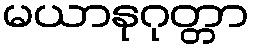
မယာနုဂုတ္တာ